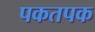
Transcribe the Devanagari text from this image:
पकतपक